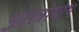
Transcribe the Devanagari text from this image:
ओस्त्रोगोथ